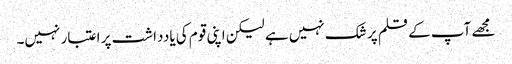
مجھے آپ کے قلم پر شک نہیں ہے لیکن اپنی قوم کی یادداشت پر اعتبار نہیں۔